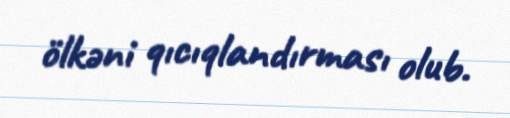
ölkəni qıcıqlandırması olub.